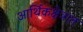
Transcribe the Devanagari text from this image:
आर्थिकक्षेत्रात